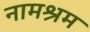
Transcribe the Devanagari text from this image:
नामश्रम